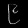
Digit: ၉